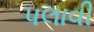
પલાવી